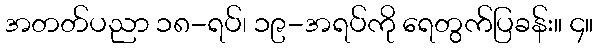
အတတ်ပညာ ၁၈-ရပ်၊ ၁၉-အရပ်ကို ရေတွက်ပြခန်း။ ၄။